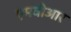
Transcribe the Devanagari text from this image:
एमवीआर